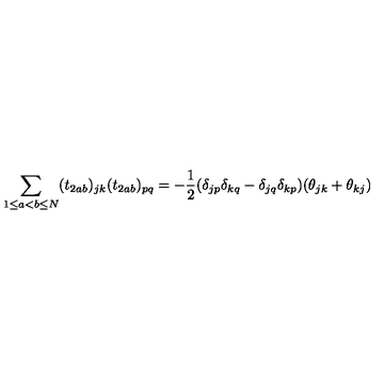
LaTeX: \sum _ { 1 \le a < b \le N } ( t _ { 2 a b } ) _ { j k } ( t _ { 2 a b } ) _ { p q } = - \frac { 1 } { 2 } ( \delta _ { j p } \delta _ { k q } - \delta _ { j q } \delta _ { k p } ) ( \theta _ { j k } + \theta _ { k j } )